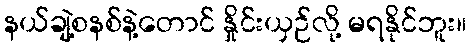
နယ်ချဲ့စနစ်နဲ့တောင် နှိုင်းယှဉ်လို့ မရနိုင်ဘူး။